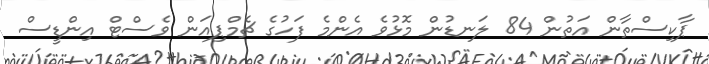
ޕާކިސްތާން އަތުން 84 ލަނޑުން މޮޅުވެ އެންމެ ފަހުގެ ޗެމްޕިއަން ވެސްޓް އިންޑީސް